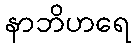
နာဘိဟရေ